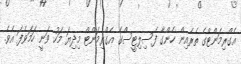
އެގްރިމަންޓްގެ ތެރެއިން ހެންގާ ފެސިލިޓީސްގެ އެގްރިމަންޓް މިދިޔަ މަހު ވަނީ ހަމަވެފަ އެވެ.